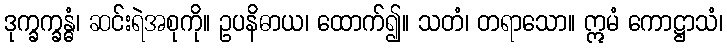
ဒုက္ခက္ခန္ဓံ၊ ဆင်းရဲအစုကို။ ဥပနိဓာယ၊ ထောက်၍။ သတံ၊ တရာသော။ ဣမံ ကောဋ္ဌာသံ၊